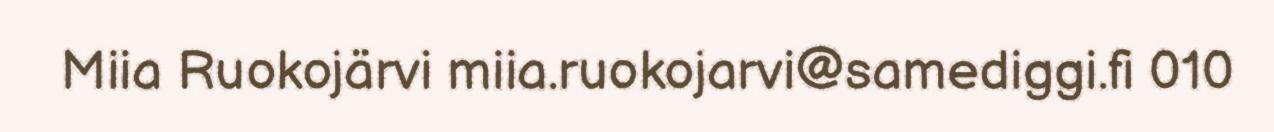
Miia Ruokojärvi miia.ruokojarvi@samediggi.fi 010